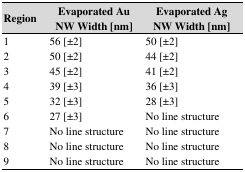
| Region | Evaporated Au NW Width [nm] | Evaporated Ag NW Width [nm] |
 | --- | --- | --- |
 | 1 | 56 [±2] | 50 [±2] |
 | 2 | 50 [±2] | 44 [±2] |
 | 3 | 45 [±2] | 41 [±2] |
 | 4 | 39 [±3] | 36 [±3] |
 | 5 | 32 [±3] | 28 [±3] |
 | 6 | 27 [±3] | No line structure |
 | 7 | No line structure | No line structure |
 | 8 | No line structure | No line structure |
 | 9 | No line structure | No line structure |